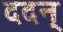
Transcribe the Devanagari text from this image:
ददन्